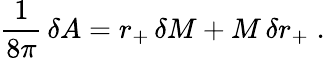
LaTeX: {\frac{1}{8\pi}}\, \delta A=r_{+}\, \delta M+M\, \delta r_{+}\; .